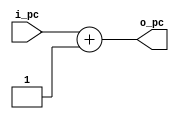
module pc4(i_pc, o_pc);
    parameter N = 9;
    input  wire[N-1:0] i_pc;
    output wire[N-1:0] o_pc;
    assign o_pc = i_pc + 1;
endmodule